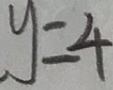
y = 4